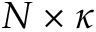
N \times \kappa